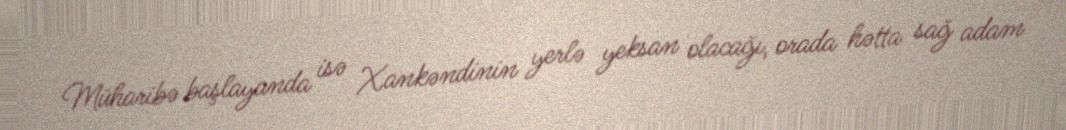
Müharibə başlayanda isə Xankəndinin yerlə yeksan olacağı, orada hətta sağ adam